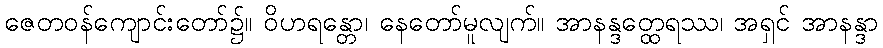
ဇေတဝန်ကျောင်းတော်၌။ ဝိဟရန္တော၊ နေတော်မူလျက်။ အာနန္ဒတ္ထေရဿ၊ အရှင် အာနန္ဒာ